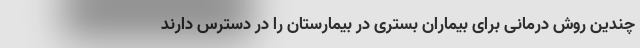
چندین روش درمانی برای بیماران بستری در بیمارستان را در دسترس دارند